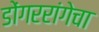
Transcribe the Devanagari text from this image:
डोंगररांगेचा